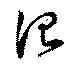
詔